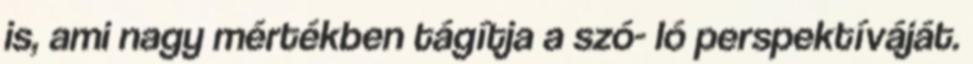
is, ami nagy mértékben tágítja a szó- ló perspektíváját.